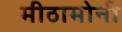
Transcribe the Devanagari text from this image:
मीठामोनी